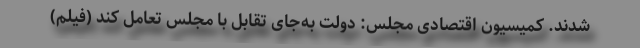
شدند. کمیسیون اقتصادی مجلس: دولت به‌جای تقابل با مجلس تعامل کند (فیلم)